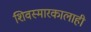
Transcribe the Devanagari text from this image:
शिवस्मारकालाही